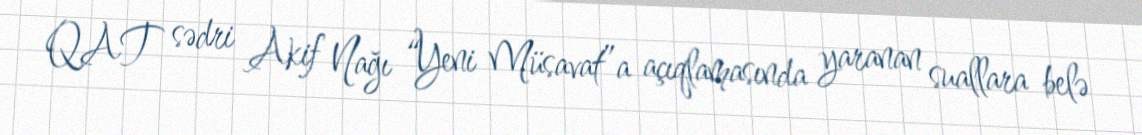
QAT sədri Akif Nağı “Yeni Müsavat”a açıqlamasında yaranan suallara belə